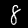
Label: 8